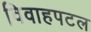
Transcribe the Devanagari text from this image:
विवाहपटल